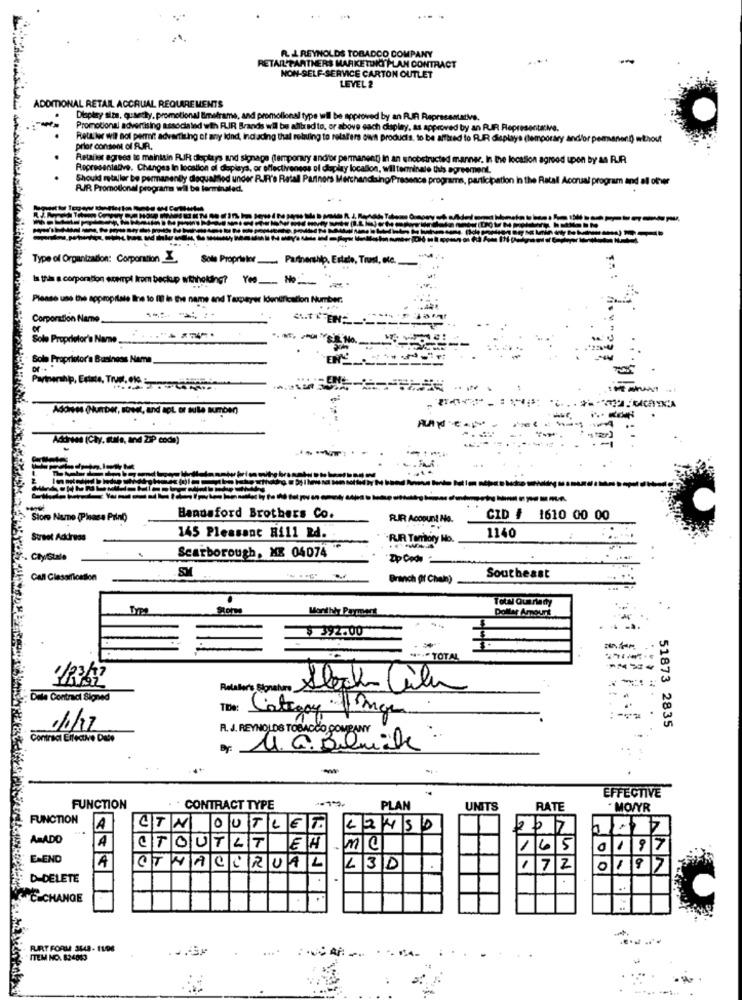
FL.J. REYNOLDS TOBACCO COMPANY
RETAILPARTNERS MARKETING PLAN CONTRACT
NON-SELF-SERVICE CARTON OUTLET
LEVEL 2
ADDITIONAL RETAIL ACCRUAL REQLARE MENTS
Display size, quantity, promotional timeframe, and pron
by an RUF
Promotional advertising associated with FLIR Brands
bradto, or above each chaplay.
Rett ler wil not permit advertising of any idnd, indad
rotaf'ers own produc
non:D) without
prior consent of RIR.
Retailer agrees to maintain RUIR deplays and signage lempor
in the location agreed upon by & RA
Representative. Changes In location of deplays, or effectivene
localion, w
Should metaller be permanently dequalled under R.Pro Ratal
Merchand
rams, participation in the Ratall Accrual program and all ofver
FUIR Promotional programa will be ferminaled.
Type of Organization: Corporation
Sole Proprietor ... Partnership, Estate, Trust, etc.
Is this a corporation expropi from beckup witholine? Yes No
Please use the appropriate line to Il8 in the name and Taxpayer Identification Number:
Corporation Name_
Sole Proprietor's Name ...... . "+ 74 -.
Sole Proprietor'a Business Name
Partnership, Existe, Trust, ok .-
Adores (Number, sowet, and apt or suite number)
Address (Chy, Itals, and Zip code)
Stom Nuno (Please Print
Bandaford Brothers Co.
RIR Account No.
CID # 1610 00 00
Street Address
145 Pleasant Hill Rd.
RIR Tomory No.
1140
Cly/stale
Scarborough, MB 04074
Call Classification
Branch (If Chalh)
Southeast
Monthly Payment
Dollar Amount
$ 392.00
---- TOTAL
Reteler's Signature
Slock- film
Dele Contraci Signed
The: Cathay mon
51873 2835
11/17
R. J. REYNOLDS TOBACCO COMPANY
Contract Effective Date
U. G. Bluile .
-
EFFECTIVE
FUNCTION
CONTRACT TYPE
PLAN
UNITS
RATE
. MOWYR
4 89
FUNCTION
A
OUTLET
L2450
207
ASADO
A
OUT
417
ma
165
0197
E-END
A
AT
ACCRUAL
L3D
172
0197
D-DELETE
SCHCHANGE
FURT FORM SU4- 1106
ITEM NO. 824863